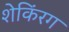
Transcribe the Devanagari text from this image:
शेकिंरग